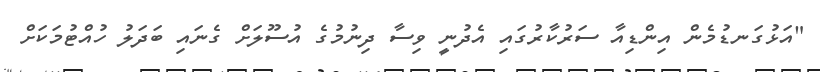
"އަޅުގަނޑުމެން އިންޑިއާ ސަރުކާރުގައި އެދުނީ ވިސާ ދިނުމުގެ އުސޫލަށް ގެނައި ބަދަލު ހުއްޓުމަކަށް